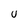
Character: U